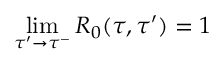
\operatorname* { l i m } _ { \tau ^ { \prime } \rightarrow \tau ^ { - } } R _ { 0 } ( \tau , \tau ^ { \prime } ) = 1